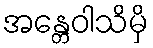
အန္တေဝါသိမှိ